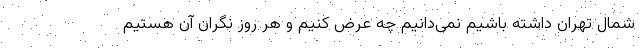
شمال تهران داشته باشیم نمی‌دانیم چه عرض کنیم و هر روز نگران آن هستیم